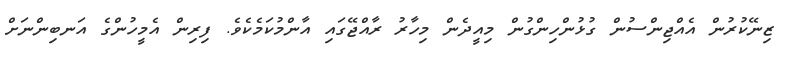
ޒިނޭކުރުން އެއްޖިންސުން ގުޅުންހިންގުން މިއީދެން މިހާރު ރާއްޖޭގައި އާންމުކަމެކެވެ. ފިރިން އެމީހުންގެ އަނބިންނަށް